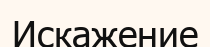
Искажение